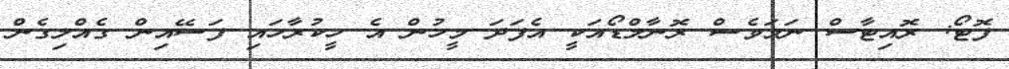
ފޮޓޯ: ރޮއިޓާސް ނަމަވެސް ރޮނާލްޑޯއަކީ އެފަދަ މީހުން އެ ހީކުރާހައި ފަސޭއިން ގެއްލިގެން